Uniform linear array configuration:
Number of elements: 16
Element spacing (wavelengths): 1
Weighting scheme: blackman
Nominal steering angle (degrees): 30
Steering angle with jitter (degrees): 28.606
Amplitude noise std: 0.05
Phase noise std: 0.05

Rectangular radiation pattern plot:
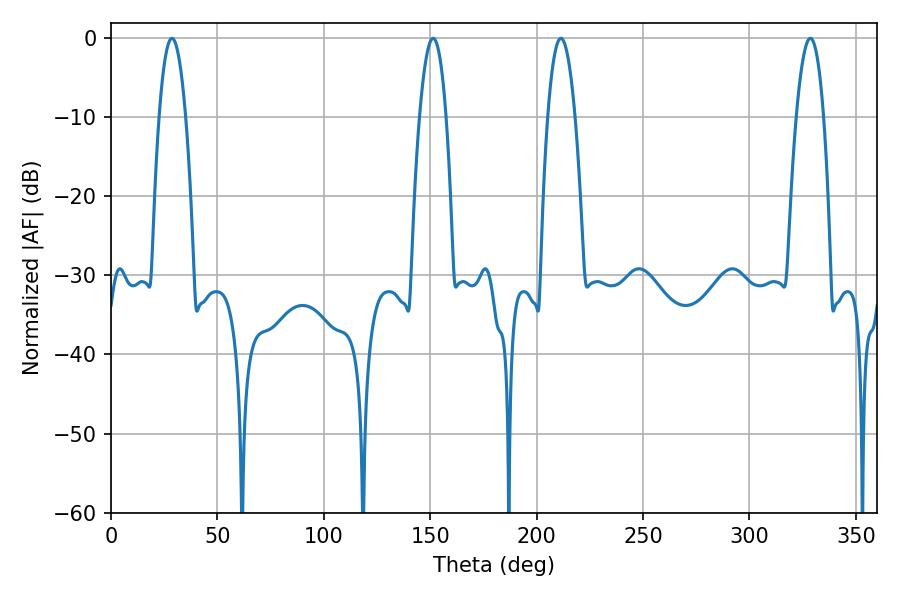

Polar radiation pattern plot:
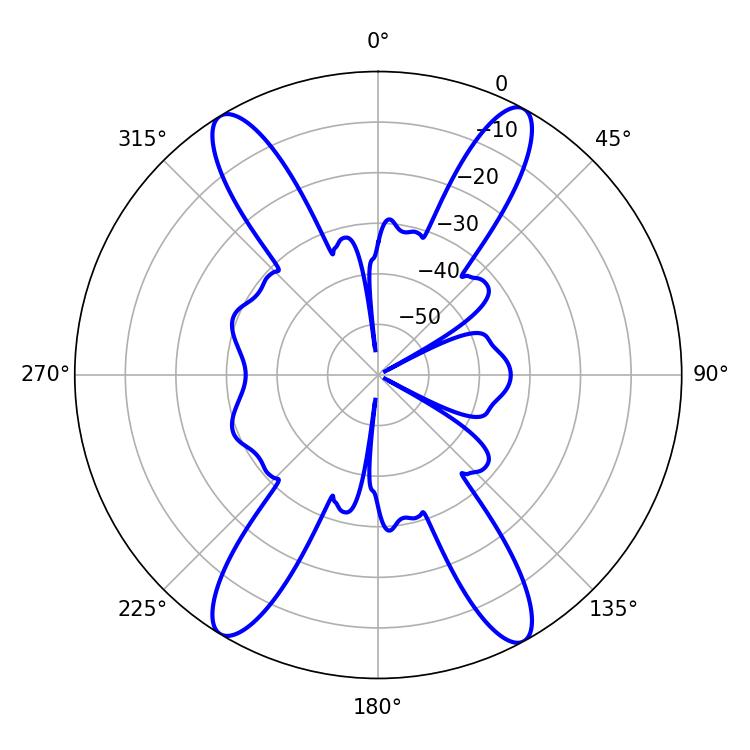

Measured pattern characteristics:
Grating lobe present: TRUE
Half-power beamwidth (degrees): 7.02
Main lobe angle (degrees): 28.62